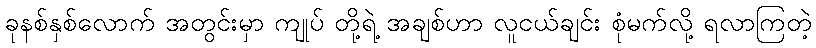
ခုနစ်နှစ်လောက် အတွင်းမှာ ကျုပ် တို့ရဲ့ အချစ်ဟာ လူငယ်ချင်း စုံမက်လို့ ရလာကြတဲ့